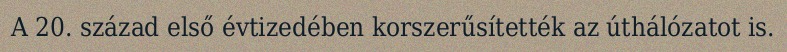
A 20. század első évtizedében korszerűsítették az úthálózatot is.